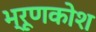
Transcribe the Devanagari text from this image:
भ्रूणकोश